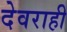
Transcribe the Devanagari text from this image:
देवराही